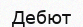
Дебют